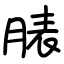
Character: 脿